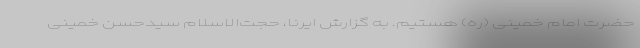
حضرت امام خمینی (ره) هستیم. به گزارش ایرنا، حجت‌الاسلام سیدحسن خمینی